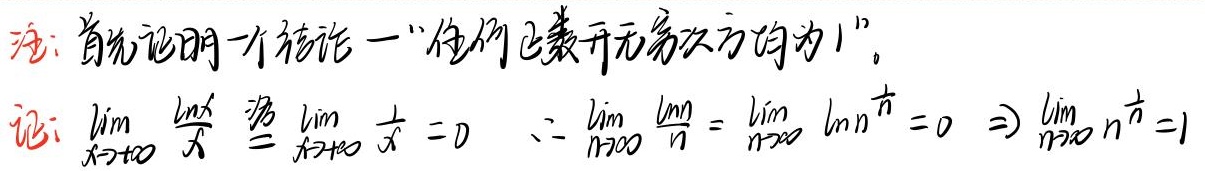
注：首先证明一个结论——“任何正数开无穷次方均为1”。证：
\(\lim_{x \to +\infty} \frac{\ln x}{x} \stackrel{\text{洛}}{=} \lim_{x \to +\infty} \frac{1}{x} = 0\)

\(\because \lim_{n \to \infty} \frac{\ln n}{n}=\lim_{n \to \infty} \ln n^{\frac{1}{n}} = 0\Rightarrow\lim_{n \to \infty} n^{\frac{1}{n}} = 1\)